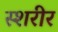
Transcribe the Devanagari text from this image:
स्शरीर